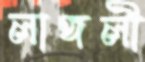
লাঙ্গলী